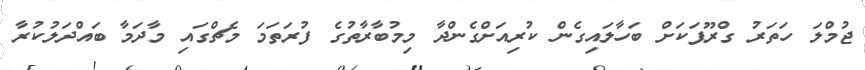
ޖުމްލަ ހަތަރު ގްރޫޕަކަށް ބަހާލައިގެން ކުރިއަށްގެންދާ މިމުބާރާތުގެ ފުރަތަމަ މެޗްގައި މާދަމާ ބައްދަލުކުރާ